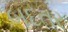
બદતર